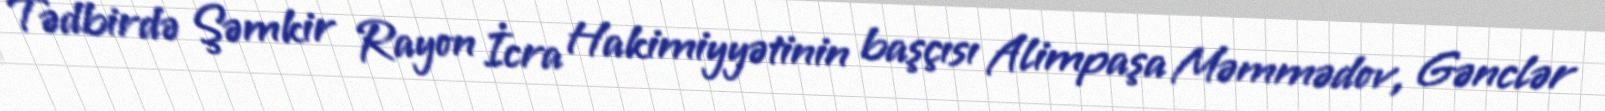
Tədbirdə Şəmkir Rayon İcra Hakimiyyətinin başçısı Alimpaşa Məmmədov, Gənclər